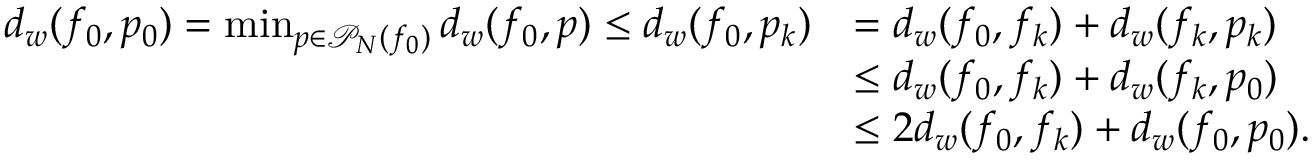
\begin{array} { r l } { d _ { w } ( f _ { 0 } , p _ { 0 } ) = \operatorname* { m i n } _ { p \in \mathscr P _ { N } ( f _ { 0 } ) } d _ { w } ( f _ { 0 } , p ) \leq d _ { w } ( f _ { 0 } , p _ { k } ) } & { = d _ { w } ( f _ { 0 } , f _ { k } ) + d _ { w } ( f _ { k } , p _ { k } ) } \\ & { \leq d _ { w } ( f _ { 0 } , f _ { k } ) + d _ { w } ( f _ { k } , p _ { 0 } ) } \\ & { \leq 2 d _ { w } ( f _ { 0 } , f _ { k } ) + d _ { w } ( f _ { 0 } , p _ { 0 } ) . } \end{array}